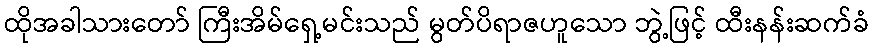
ထိုအခါသားတော် ကြီးအိမ်ရှေ့မင်းသည် မွတ်ပိရာဇဟူသော ဘွဲ့ဖြင့် ထီးနန်းဆက်ခံ